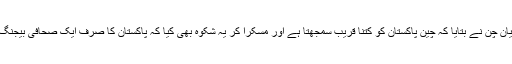
ایک دوسرے سے خیر سگالی کے جذبات کا اظہار کرنے کے بعد شی یان چن نے بتایا کہ چین پاکستان کو کتنا قریب سمجھتا ہے اور مسکرا کر یہ شکوہ بھی کیا کہ پاکستان کا صرف ایک صحافی بیجنگ میں تعینات ہے جبکہ بھارت کی طرف سے کئی لوگ یہاں موجود ہیں۔